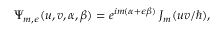
\Psi _ { m , \epsilon } ( u , v , \alpha , \beta ) = e ^ { i m ( \alpha + \epsilon \beta ) } \: J _ { m } ( u v / \hbar ) ,